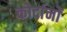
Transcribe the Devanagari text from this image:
कोर्दानों